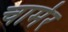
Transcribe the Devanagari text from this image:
चार्मर